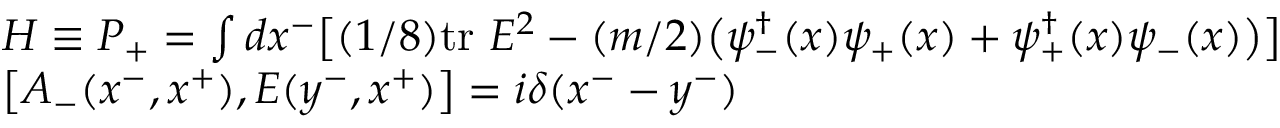
\begin{array} { l } { { H \equiv P _ { + } = \int d x ^ { - } \big [ ( 1 / 8 ) \mathrm { t r } ~ E ^ { 2 } - ( m / 2 ) \big ( \psi _ { - } ^ { \dagger } ( x ) \psi _ { + } ( x ) + \psi _ { + } ^ { \dagger } ( x ) \psi _ { - } ( x ) \big ) \big ] } } \\ { { \left[ A _ { - } ( x ^ { - } , x ^ { + } ) , E ( y ^ { - } , x ^ { + } ) \right] = i \delta ( x ^ { - } - y ^ { - } ) } } \end{array}